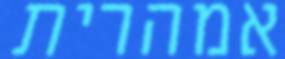
אמהרית